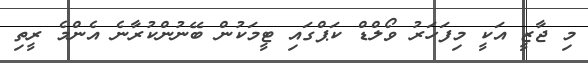
މި ޖާޒީ އަކީ މިފަހަރު ވޯލްޑް ކަޕްގައި ޓީމަކުން ބޭނުންކުރާނެ އެންމެ ރީތި